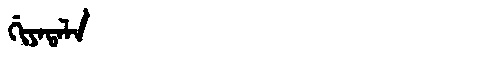
Manchu: ᡤᡳᠶᠠᡨᠠᠯᠠ
Romanization: GIYATALA